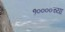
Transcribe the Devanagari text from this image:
१००००च्या